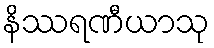
နိဿရဏီယာသု